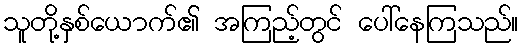
သူတို့နှစ်ယောက်၏ အကြည့်တွင် ပေါ်နေကြသည်။